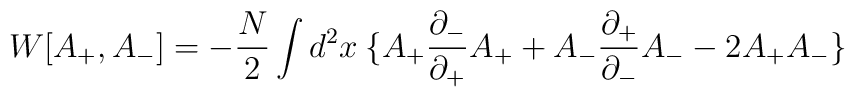
W[A_+,A_-]=  -{ N\over 2} \int d^2x\: \{A_+ {\partial_-\over \partial_+}A_+ + A_- {\partial_+\over \partial_-}A_- - 2 A_+ A_-\}